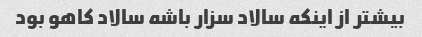
بیشتر از اینکه سالاد سزار باشه سالاد کاهو بود